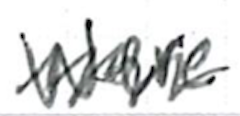
Text: were
Cross-out: zig-zag
Writing tool: ballpoint